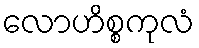
လောဟိစ္စကုလံ